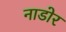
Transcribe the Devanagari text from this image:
नाडोर